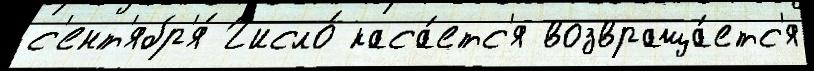
с'ент'ябр'я́ Число́ каса́етс'я возвраща́етс'я